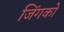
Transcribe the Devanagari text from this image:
जिंगको